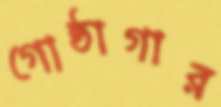
গোষ্ঠাগার